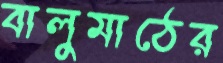
বালুমাঠের